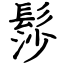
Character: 髿